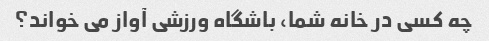
چه کسی در خانه شما، باشگاه ورزشی آواز می خواند؟